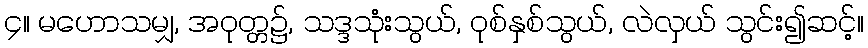
၄။ မဟောသမျှ, အဝုတ္တ၌, သဒ္ဒသုံးသွယ်, ဝုစ်နှစ်သွယ်, လဲလှယ် သွင်း၍ဆင့်။